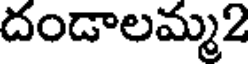
దండాలమ్మ2